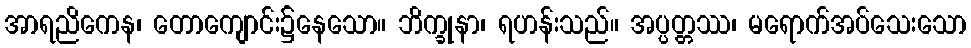
အာရညိကေန၊ တောကျောင်း၌နေသော။ ဘိက္ခုနာ၊ ရဟန်းသည်။ အပ္ပတ္တဿ၊ မရောက်အပ်သေးသော